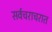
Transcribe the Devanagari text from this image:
सर्वचराचरात